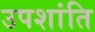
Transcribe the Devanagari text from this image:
उपशांति